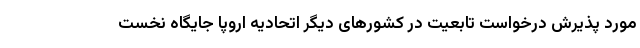
مورد پذیرش درخواست تابعیت در کشورهای دیگر اتحادیه اروپا جایگاه نخست